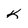
Character: K